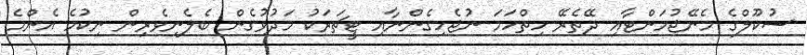
ސުކޫލްގެ މެނޭޖުމަންޓާއި ދޭތެރޭ ހިތްހަމަ ނުޖެހިގެންނާއި ޓީޗަރަކު މަދުވުގެން ބެލެނިވެރިން ނިކުމެ އެންމެ